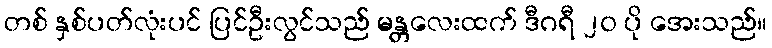
တစ် နှစ်ပတ်လုံးပင် ပြင်ဦးလွင်သည် မန္တလေးထက် ဒီဂရီ ၂၀ ပို အေးသည်။